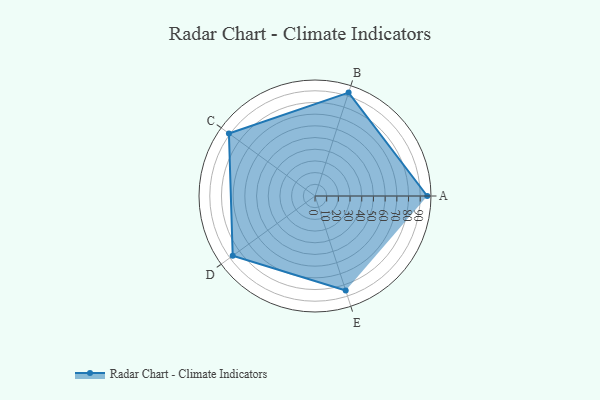
{"axis": {"x": "Skill", "y": "Score"}, "legend": ["Profile"], "data": [{"x": "A", "y": 96.0, "type": "Profile"}, {"x": "B", "y": 93.0, "type": "Profile"}, {"x": "C", "y": 91.0, "type": "Profile"}, {"x": "D", "y": 87.0, "type": "Profile"}, {"x": "E", "y": 85.0, "type": "Profile"}]}